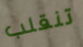
تنقلب